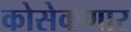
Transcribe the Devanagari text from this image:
कोसेकणार